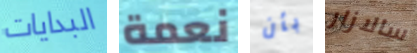
البدايات نعمة بأن سالازار